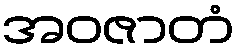
အဝဇာတံ